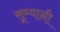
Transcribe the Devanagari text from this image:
सूम्‍यानी